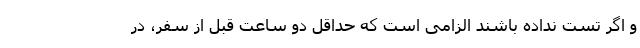
و اگر تست نداده باشند الزامی است که حداقل دو ساعت قبل از سفر، در